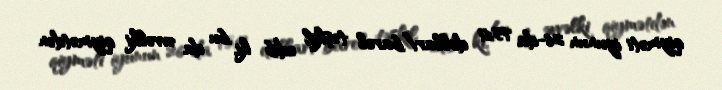
qiyməti iyunun 26-da 75,61 dollar/barel təşkil edib ki, bu da əvvəlki qiymətdən